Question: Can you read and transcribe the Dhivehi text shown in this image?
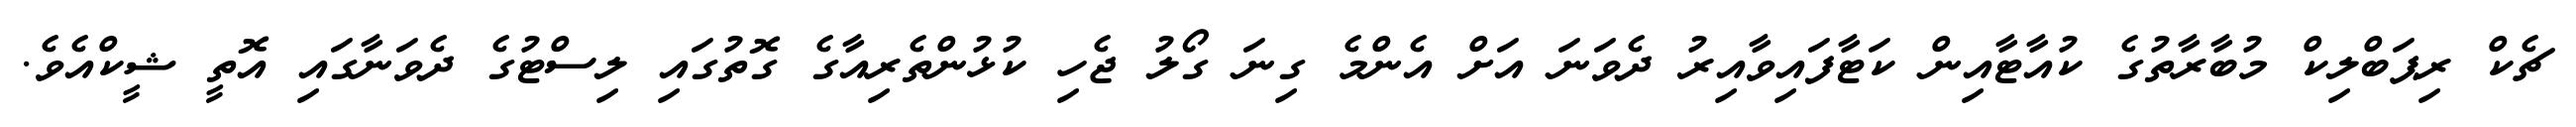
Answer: ޗެކް ރިޕަބްލިކް މުބާރާތުގެ ކުއާޓާއިން ކަޓާފައިވާއިރު ދެވަނަ އަށް އެންމެ ގިނަ ގޯލު ޖެހި ކުޅުންތެރިއާގެ ގޮތުގައި ލިސްޓުގެ ދެވަނާގައި އޮތީ ޝީކްއެވެ.